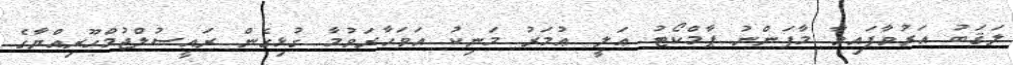
ލަޤަބު އަރުވާފައިވާ މާފަންނު ޕާމްކޯޓު ޢަލީ ޢުމަރު މަނިކު އަވަހާރަވުމާ ގުޅިގެން ރައީސުލްޖުމްހޫރިއްޔާގެ